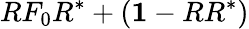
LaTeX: RF_{0}R^{*}+({\mathbf 1}-RR^{*})